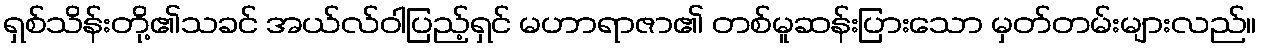
ရှစ်သိန်းတို့၏သခင် အယ်လ်ဝါပြည့်ရှင် မဟာရာဇာ၏ တစ်မူဆန်းပြားသော မှတ်တမ်းများလည်။